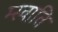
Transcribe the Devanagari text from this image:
म्स्वाति